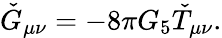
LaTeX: \check{G}_{\mu\nu}=-8\pi G_{5}\check{T}_{\mu\nu}.